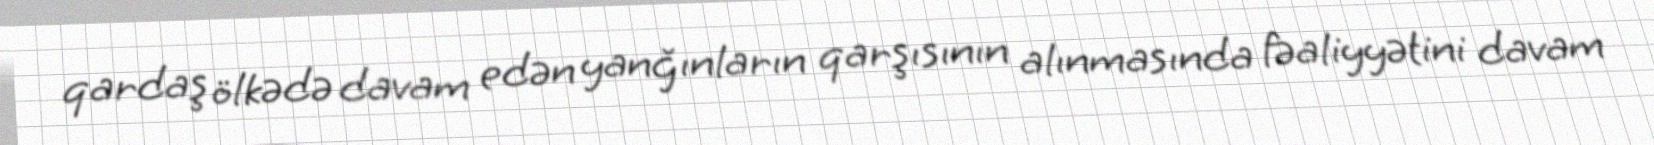
qardaş ölkədə davam edən yanğınların qarşısının alınmasında fəaliyyətini davam